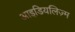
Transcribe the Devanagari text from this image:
आइडियलिज़्म